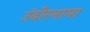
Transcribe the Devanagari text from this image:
उंदीरमामा